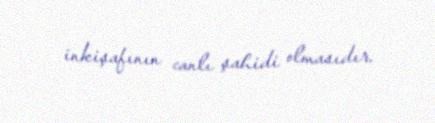
inkişafının canlı şahidi olmasıdır.